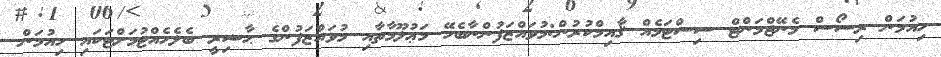
ހިއުމަން ރިސޯސް މެނޭޖްމަންޓް ސިސްޓަމެއް ޤާއިމްކުރުން:މުވައްޒަފުންނާބެހޭ މަޢުލޫމާތާއި މުވައްޒަފުންގެ ޙާޟިރީ ބެލެހެއްޓުމަށްޓަކައި ހިއުމަން